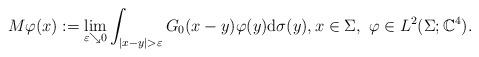
LaTeX: \begin{align*} M \varphi(x) := \lim_{\varepsilon \searrow 0} \int_{|x - y| > \varepsilon} G_{0}(x - y) \varphi(y) \mathrm{d} \sigma(y), x \in \Sigma,~ \varphi \in L^2(\Sigma; \mathbb{C}^4).\end{align*}